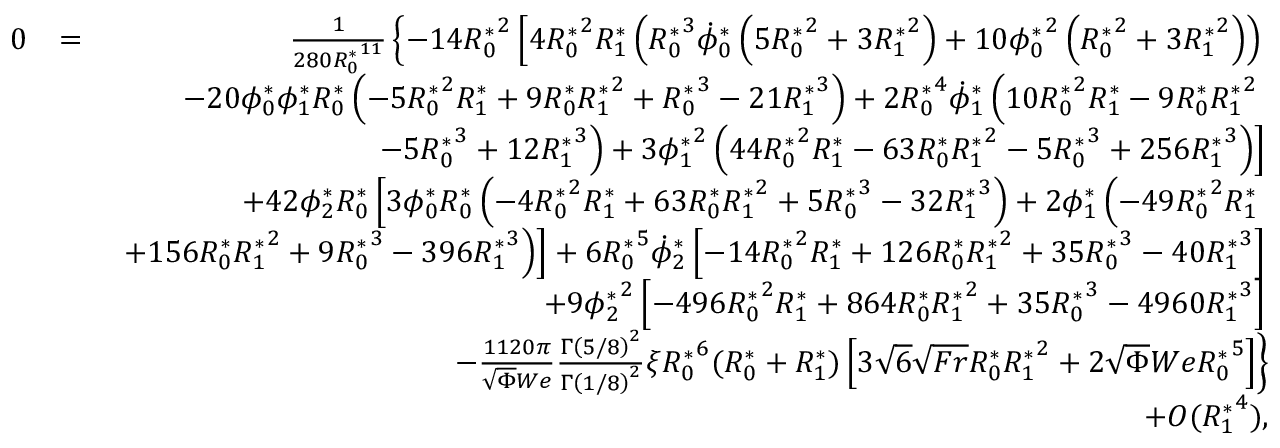
\begin{array} { r l r } { 0 } & { = } & { \frac { 1 } { 2 8 0 { R _ { 0 } ^ { * } } ^ { 1 1 } } \left\{ - 1 4 { R _ { 0 } ^ { * } } ^ { 2 } \left[ 4 { R _ { 0 } ^ { * } } ^ { 2 } { R _ { 1 } ^ { * } } \left( { R _ { 0 } ^ { * } } ^ { 3 } \dot { \phi } _ { 0 } ^ { * } \left( 5 { R _ { 0 } ^ { * } } ^ { 2 } + 3 { R _ { 1 } ^ { * } } ^ { 2 } \right) + 1 0 { \phi _ { 0 } ^ { * } } ^ { 2 } \left( { R _ { 0 } ^ { * } } ^ { 2 } + 3 { R _ { 1 } ^ { * } } ^ { 2 } \right) \right) \right. \right. } \\ & { } & { \left. \left. - 2 0 { \phi _ { 0 } ^ { * } } { \phi _ { 1 } ^ { * } } { R _ { 0 } ^ { * } } \left( - 5 { R _ { 0 } ^ { * } } ^ { 2 } { R _ { 1 } ^ { * } } + 9 { R _ { 0 } ^ { * } } { R _ { 1 } ^ { * } } ^ { 2 } + { R _ { 0 } ^ { * } } ^ { 3 } - 2 1 { R _ { 1 } ^ { * } } ^ { 3 } \right) + 2 { R _ { 0 } ^ { * } } ^ { 4 } \dot { \phi } _ { 1 } ^ { * } \left( 1 0 { R _ { 0 } ^ { * } } ^ { 2 } { R _ { 1 } ^ { * } } - 9 { R _ { 0 } ^ { * } } { R _ { 1 } ^ { * } } ^ { 2 } \right. \right. \right. } \\ & { } & { \left. \left. \left. - 5 { R _ { 0 } ^ { * } } ^ { 3 } + 1 2 { R _ { 1 } ^ { * } } ^ { 3 } \right) + 3 { \phi _ { 1 } ^ { * } } ^ { 2 } \left( 4 4 { R _ { 0 } ^ { * } } ^ { 2 } { R _ { 1 } ^ { * } } - 6 3 { R _ { 0 } ^ { * } } { R _ { 1 } ^ { * } } ^ { 2 } - 5 { R _ { 0 } ^ { * } } ^ { 3 } + 2 5 6 { R _ { 1 } ^ { * } } ^ { 3 } \right) \right] \right. } \\ & { } & { \left. + 4 2 { \phi _ { 2 } ^ { * } } { R _ { 0 } ^ { * } } \left[ 3 { \phi _ { 0 } ^ { * } } { R _ { 0 } ^ { * } } \left( - 4 { R _ { 0 } ^ { * } } ^ { 2 } { R _ { 1 } ^ { * } } + 6 3 { R _ { 0 } ^ { * } } { R _ { 1 } ^ { * } } ^ { 2 } + 5 { R _ { 0 } ^ { * } } ^ { 3 } - 3 2 { R _ { 1 } ^ { * } } ^ { 3 } \right) + 2 { \phi _ { 1 } ^ { * } } \left( - 4 9 { R _ { 0 } ^ { * } } ^ { 2 } { R _ { 1 } ^ { * } } \right. \right. \right. } \\ & { } & { \left. \left. \left. + 1 5 6 { R _ { 0 } ^ { * } } { R _ { 1 } ^ { * } } ^ { 2 } + 9 { R _ { 0 } ^ { * } } ^ { 3 } - 3 9 6 { R _ { 1 } ^ { * } } ^ { 3 } \right) \right] + 6 { R _ { 0 } ^ { * } } ^ { 5 } \dot { \phi } _ { 2 } ^ { * } \left[ - 1 4 { R _ { 0 } ^ { * } } ^ { 2 } { R _ { 1 } ^ { * } } + 1 2 6 { R _ { 0 } ^ { * } } { R _ { 1 } ^ { * } } ^ { 2 } + 3 5 { R _ { 0 } ^ { * } } ^ { 3 } - 4 0 { R _ { 1 } ^ { * } } ^ { 3 } \right] \right. } \\ & { } & { \left. + 9 { \phi _ { 2 } ^ { * } } ^ { 2 } \left[ - 4 9 6 { R _ { 0 } ^ { * } } ^ { 2 } { R _ { 1 } ^ { * } } + 8 6 4 { R _ { 0 } ^ { * } } { R _ { 1 } ^ { * } } ^ { 2 } + 3 5 { R _ { 0 } ^ { * } } ^ { 3 } - 4 9 6 0 { R _ { 1 } ^ { * } } ^ { 3 } \right] \right. } \\ & { } & { \left. - \frac { 1 1 2 0 \pi } { \sqrt { \Phi } W e } \frac { \Gamma \left( 5 / 8 \right) ^ { 2 } } { \Gamma \left( 1 / 8 \right) ^ { 2 } } \xi { R _ { 0 } ^ { * } } ^ { 6 } ( { R _ { 0 } ^ { * } } + { R _ { 1 } ^ { * } } ) \left[ 3 \sqrt { 6 } \sqrt { F r } { R _ { 0 } ^ { * } } { R _ { 1 } ^ { * } } ^ { 2 } + 2 \sqrt { \Phi } W e { R _ { 0 } ^ { * } } ^ { 5 } \right] \right\} } \\ & { } & { + O ( { R _ { 1 } ^ { * } } ^ { 4 } ) , } \end{array}